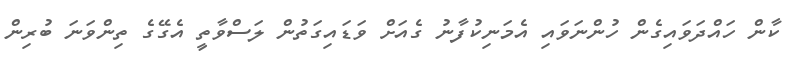
ކާން ހައްދަވައިގެން ހުންނަވައި އެމަނިކުފާނު ގެއަށް ވަޑައިގަތުން ލަސްވާތީ އެގޭގެ ތިންވަނަ ބުރިން